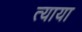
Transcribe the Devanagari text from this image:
त्याया